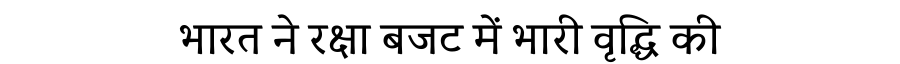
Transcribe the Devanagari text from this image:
भारत ने रक्षा बजट में भारी वृद्धि की